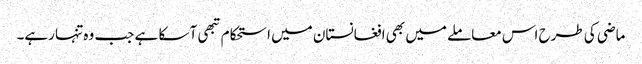
ماضی کی طرح اس معاملے میں بھی افغانستان میں استحکام تبھی آ سکا ہے جب وہ تنہا رہے۔